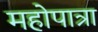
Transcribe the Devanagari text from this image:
महोपात्रा